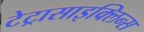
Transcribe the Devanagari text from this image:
टेट्रासाइक्लिन्स